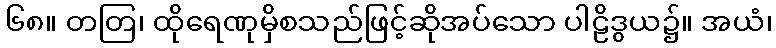
၆၈။ တတြ၊ ထိုရေဏုမှိစသည်ဖြင့်ဆိုအပ်သော ပါဠိဒွယ၌။ အယံ၊